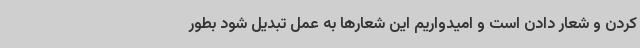
کردن و شعار دادن است و امیدواریم این شعارها به عمل تبدیل شود بطور